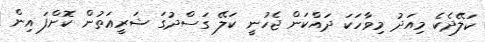
ކަލޭދެކެ މިއަދު މިވާހަކަ ދައްކަން ޖެހުނީ ކަލޭ ގަސްދުގަ ޝަރީޢަތުން ކޮށްފަ އިން